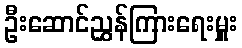
ဦးဆောင်ညွှန်ကြားရေးမှူး